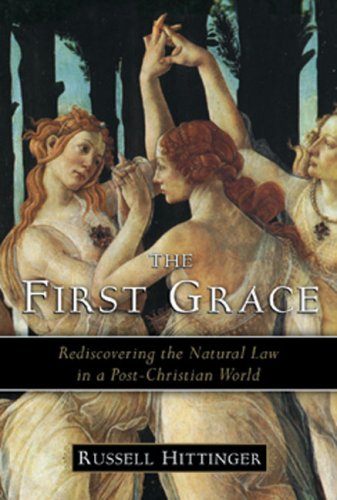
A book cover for The First Grace: Rediscovering the Natural Law in a Post-Christian World; Russell Hittinger; Law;